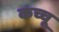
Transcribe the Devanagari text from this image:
कच्चू